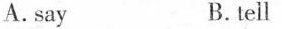
A.say B. tell